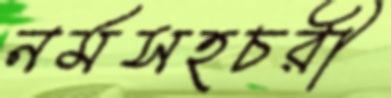
নর্মসহচরী